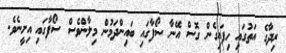
ރިދާގެ އަތުގައި ހިފައިގެން ގޮސް އޭނާ ސޯފާގައި ބައިންދަމުން މިލާންވެސް ސޯފާގައި އިށީނެވެ.